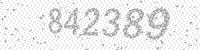
Solution: 842389